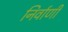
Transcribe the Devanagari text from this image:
निर्वाणीं